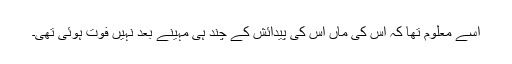
اسے معلوم تھا کہ اس کی ماں اس کی پیدائش کے چند ہی مہینے بعد نہیں فوت ہوئی تھی۔